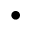
\bullet